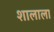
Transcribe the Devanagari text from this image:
शालाला